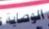
الوصاية